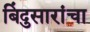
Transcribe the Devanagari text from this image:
बिंदुसारांचा